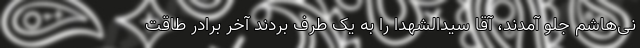
نی‌هاشم جلو آمدند، آقا سیدالشهدا را به یک طرف بردند آخر برادر طاقت